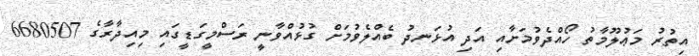
އިތުރު މަޢުލޫމާތު ހޯއްދެވުމަށާއި އަދި އުޅަނދު ބެއްލެވުމަށް ގުޅުއްވާނީ ރަސްމީގަޑީގައި މިއިދާރާގެ 6680507